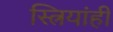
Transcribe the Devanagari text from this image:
स्त्रियांही